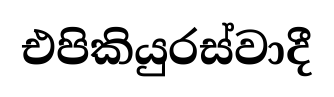
එපිකියුරස්වාදී